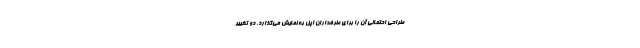
طراحی احتمالی آن را برای طرفداران اپل به نمایش می‌گذارد. دو تغییر